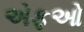
એફઓ